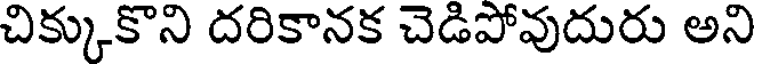
చిక్కుకొని దరికానక చెడిపోవుదురు అని